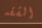
الشقه